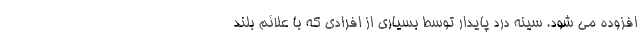
افزوده می شود. سینه درد پایدار توسط بسیاری از افرادی که با علائم بلند